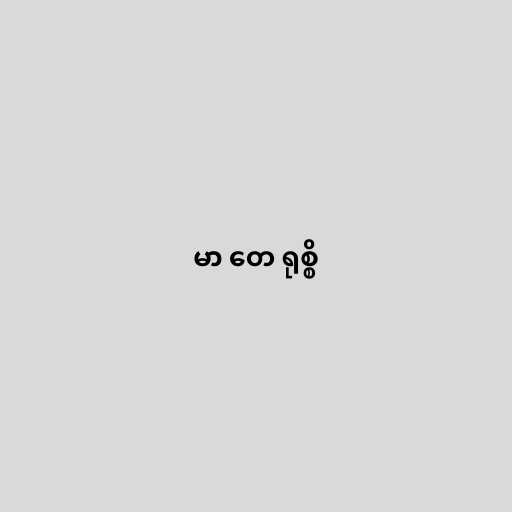
မာ တေ ရုစ္စိ